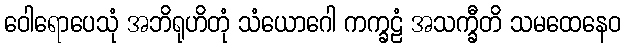
ဝေါရောပေသုံ အဘိရုဟိတုံ သံယောဂေါ ကက္ခဠံ အသက္ခီတိ သမထေနေဝ